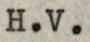
H.V.